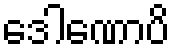
ဒေါဏောပိ